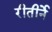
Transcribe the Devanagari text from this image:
रीतीर्ने